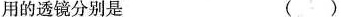
用的透镜分别是 ()